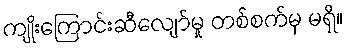
ကျိုးကြောင်းဆီလျော်မှု တစ်စက်မှ မရှိ။